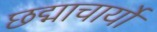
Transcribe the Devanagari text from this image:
छद्माचार्यों